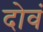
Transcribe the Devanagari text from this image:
दोवं